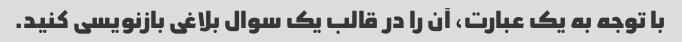
با توجه به یک عبارت، آن را در قالب یک سوال بلاغی بازنویسی کنید.